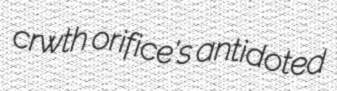
crwth orifice's antidoted